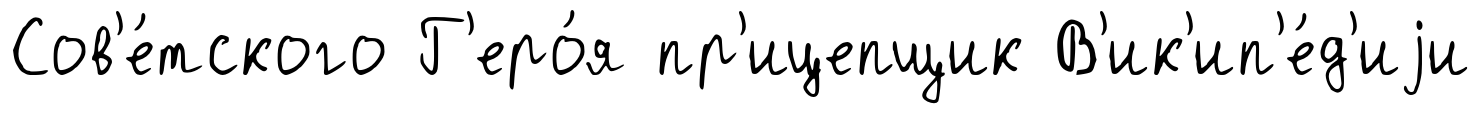
Сов'е́тского Г'еро́я пр'ицепщик В'ик'ип'е́д'иjи